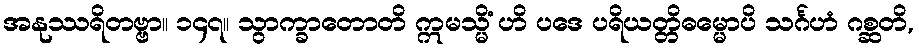
အနုဿရိတဗ္ဗာ။ ၁၄၇။ သွာက္ခာတောတိ ဣမသ္မိံ ဟိ ပဒေ ပရိယတ္တိဓမ္မောပိ သင်္ဂဟံ ဂစ္ဆတိ,